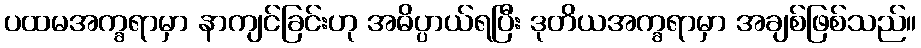
ပထမအက္ခရာမှာ နာကျင်ခြင်းဟု အဓိပ္ပာယ်ရပြီး ဒုတိယအက္ခရာမှာ အချစ်ဖြစ်သည်။